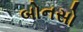
બોનસો